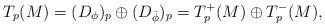
LaTeX: \begin{align*}T_p(M)=(D_{\phi})_p\oplus (D_{\bar\phi})_p = T_p^+(M)\oplus T^-_p(M),\end{align*}